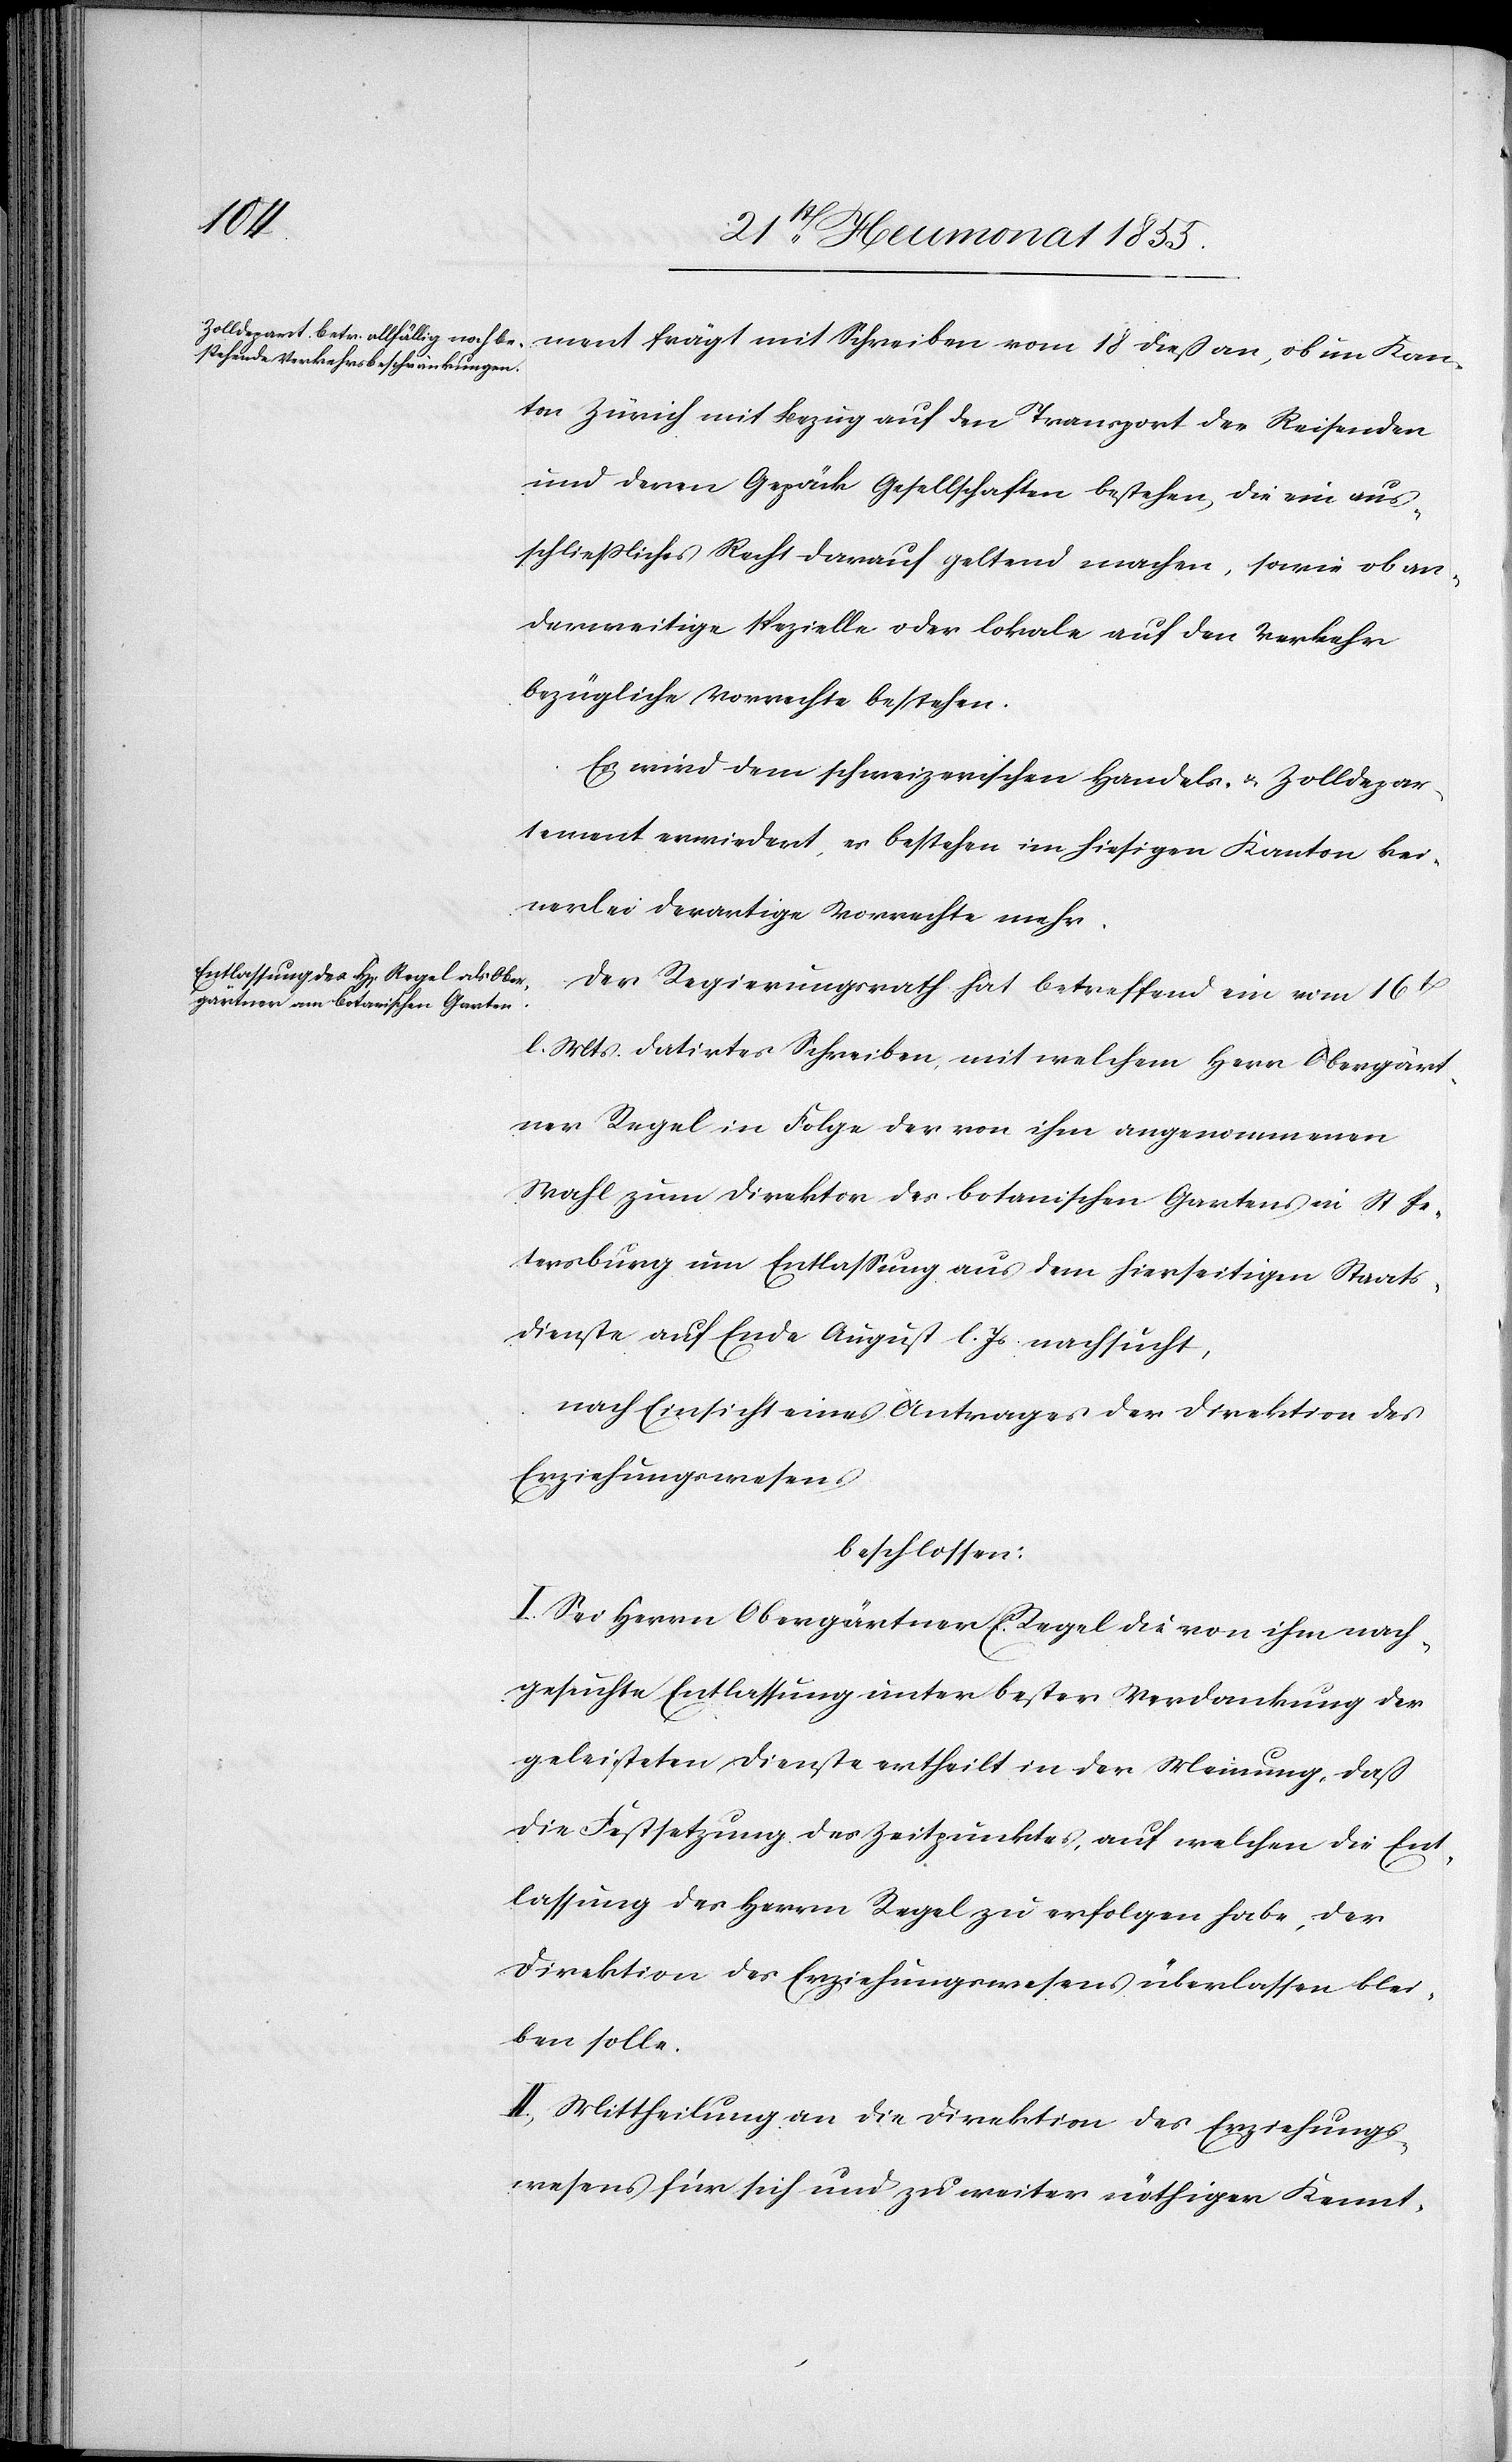
ment frägt mit Schreiben vom 18 dieß an, ob im Kan¬
ton Zürich mit Bezug auf den Transport der Reisenden
und deren Gepäck Gesellschaften bestehen, die ein aus¬
schliessliches Recht darauf geltend machen, sowie ob an¬
derweitige spezielle oder lokale auf den Verkehr
bezügliche Vorrechte bestehen.
Es wird dem schweizerischen Handels- & Zolldepar¬
tement erwiedert, es bestehen im hiesigen Kanton kei¬
nerlei derartige Vorrechte mehr.
Der Regierungsrath hat betreffend ein vom 16t[en]
l. Mts. datirtes Schreiben, mit welchem Herr Obergärt¬
ner Regel in Folge der von ihm angenommenen
Wahl zum Direktor des botanischen Gartens in St Pe¬
tersburg um Entlassung aus dem hierseitigen Staats¬
dienste auf Ende August l. Js nachsucht,
nach Einsicht eines Antrages der Direktion des
Erziehungswesens
beschlossen:
I. Sei Herrn Obergärtner E. Regel die von ihm nach¬
gesuchte Entlassung unter bester Verdankung der
geleisteten Dienste ertheilt in der Meinung, daß
die Festsetzung des Zeitpunktes, auf welchen die Ent¬
lassung des Herrn Regel zu erfolgen habe, der
Direktion des Erziehungswesens überlassen blei¬
ben solle.
II, Mittheilung an die Direktion des Erziehungs¬
wesens für sich und zu weiter nöthiger Kennt-